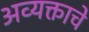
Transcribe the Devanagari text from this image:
अव्यक्ताचे